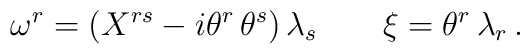
\omega^r = \left( X^{rs} - i \theta^r \, \theta^s \right)  \lambda_s \qquad \xi= \theta^r \, \lambda_r \, .